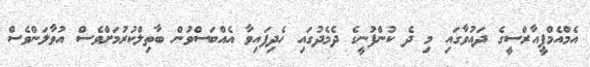
އެމްއެމްޕީއާރްސީގެ ދައުވާގައި މި ދެ ކުންފުނީގެ ދެމެދުގައި ހެދިފައިވާ އެއްބަސްވުން ބާތިލްކުރުމަށްވެސް އުވާލަންވެސް